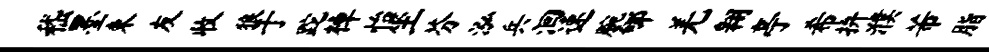
嵇墨束友收狼于跎棹怡坐芬泓兵洄速腕郇羌翱亭希拚濮芾脂